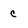
Character: c